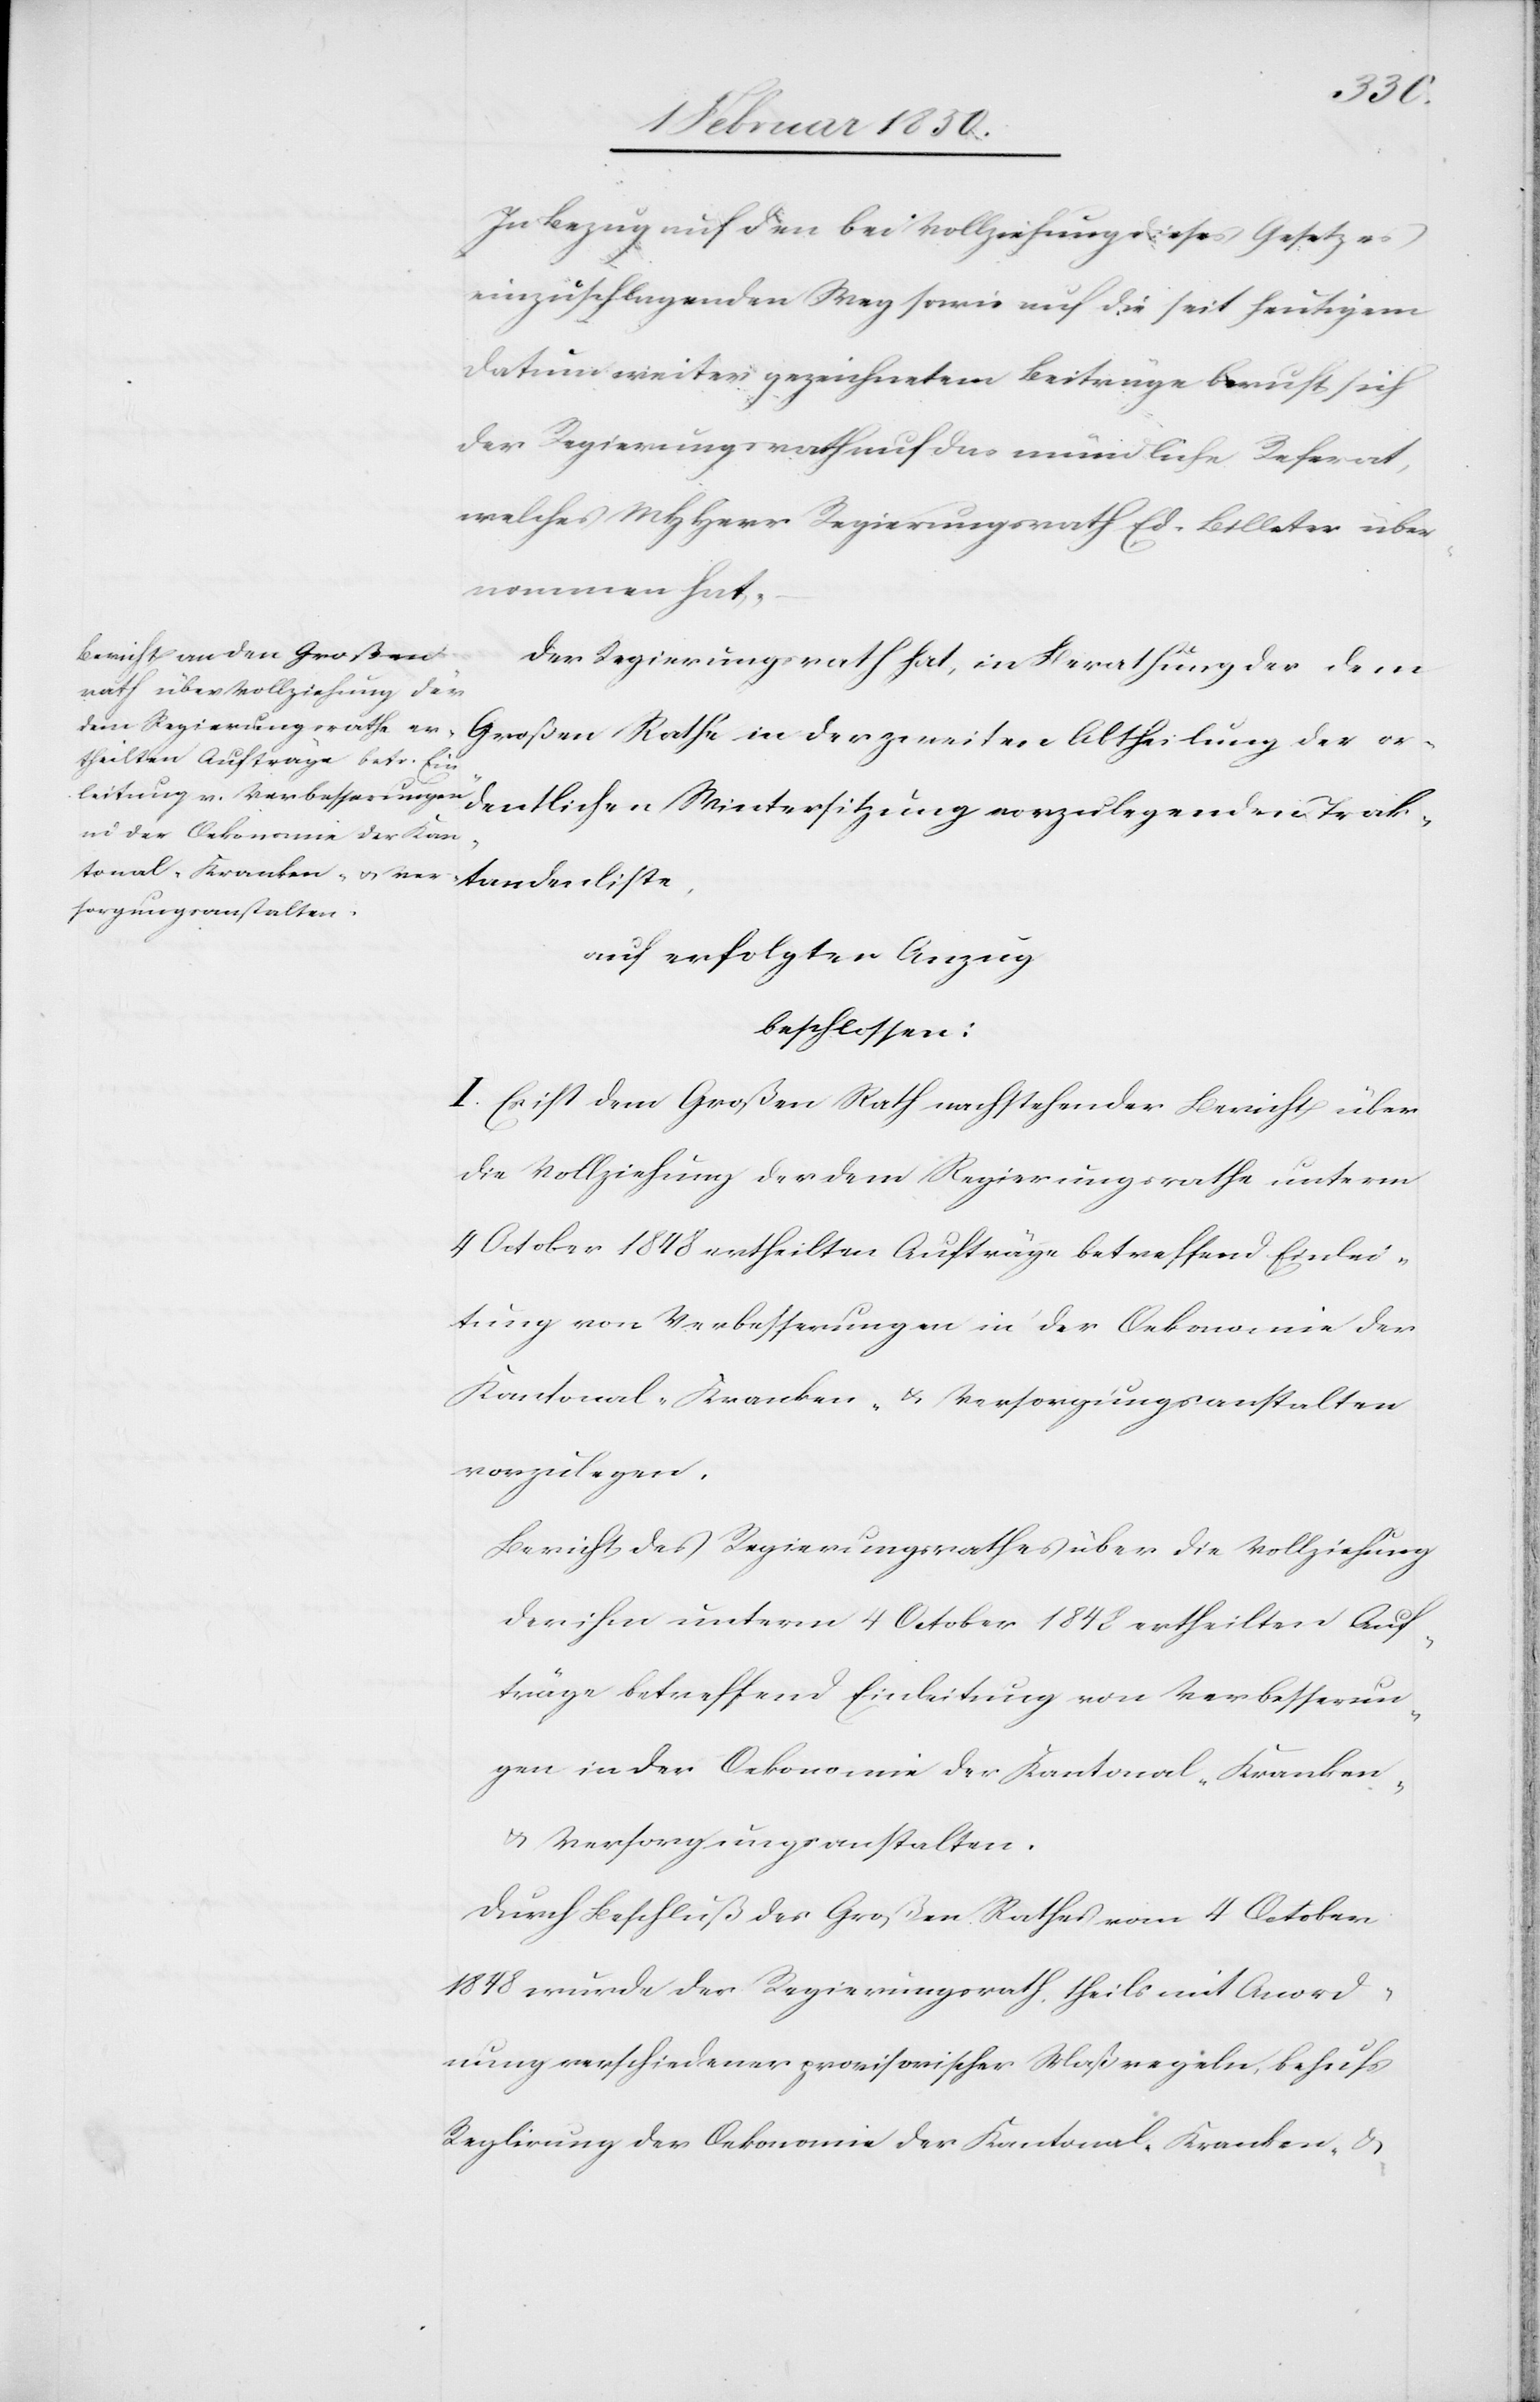
In Bezug auf den bei Vollziehung dieses Gesetzes
einzuschlagenden Weg sowie auf die seit heutigem
Datum weiter gezeichneten Beiträge beruft sich
der Regierungsrath auf das mündliche Referat,
welches MHHerr Regierungsrath Ed. Billeter über¬
nommen hat.
Der Regierungsrath hat, in Berathung der dem
auf erfolgten Anzug
beschlossen:
I. Es ist dem Großen Rath nachstehender Bericht über
die Vollziehung des dem Regierungsrathe unterm
4 October 1848 ertheilten Aufträge betreffend Einlei¬
tung von Verbesserungen in der Oekonomie der
Kantonal- Kranken- u. Versorgungsanstalten
vorzulegen.
Bericht des Regierungsrathes über die Vollziehung
der ihm unterm 4 October 1848 ertheilten Auf¬
träge betreffend Einleitung von Verbesserun¬
gen in der Oekonomie der Kantonal- Kranken-
u. Versorgungsanstalten.
Durch Beschluß des Großen Rathes vom 4 October
1848 wurde der Regierungsrath, theils mit Anord¬
nung verschiedener provisorischer Maßregeln, behufs
Reglirung der Oekonomie der Kantonal- Kranken- u.